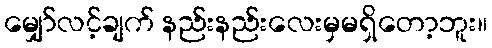
မျှော်လင့်ချက် နည်းနည်းလေးမှမရှိတော့ဘူး။